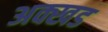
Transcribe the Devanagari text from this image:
अक्खड